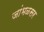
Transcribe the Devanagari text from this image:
जांभळसर